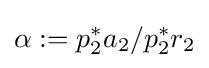
\alpha :=p_{2}^{*}a_{2}/p_{2}^{*}r_{2}